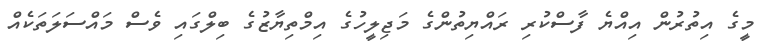
މީގެ އިތުރުން އިއްޔެ ފާސްކުރި ރައްޔިތުންގެ މަޖިލީހުގެ އިމްތިޔާޒުގެ ބިލްގައި ވެސް މައްސަލަތަކެއް